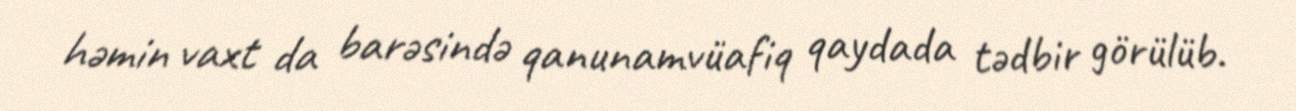
həmin vaxt da barəsində qanunamvüafiq qaydada tədbir görülüb.